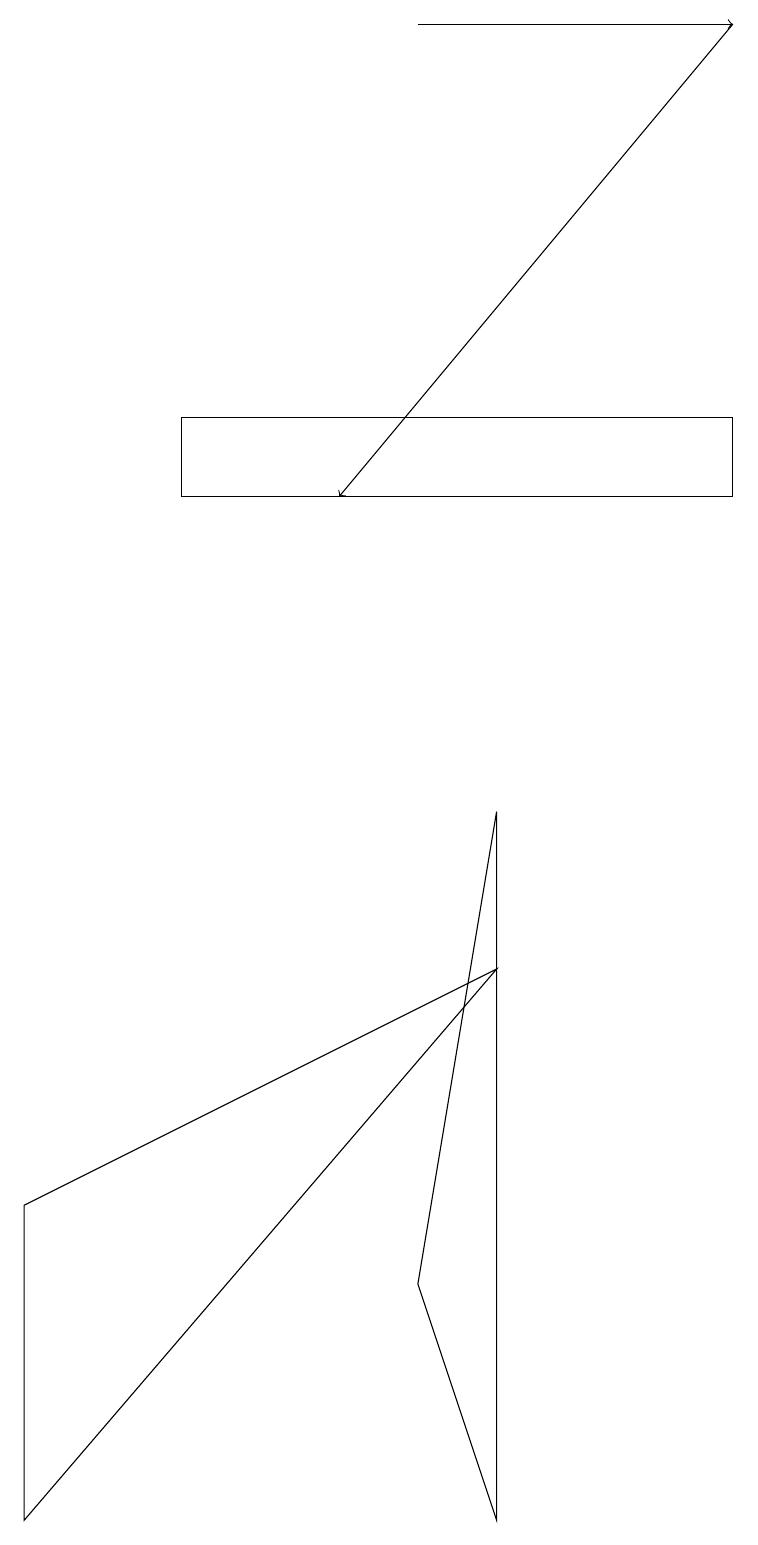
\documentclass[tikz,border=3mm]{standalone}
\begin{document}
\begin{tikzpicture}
\draw (0,4) -- (6,7) -- (0,0) -- cycle;
\draw (6,9) -- (6,0) -- (5,3) -- cycle;
\draw[->] (9,19) -- (4,13);
\draw (9,14) rectangle (2,13);
\draw[->] (5,19) -- (9,19);
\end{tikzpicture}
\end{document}